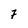
Character: 7